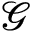
\mathcal { G }